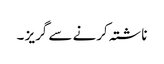
ناشتہ کرنے سے گریز ۔